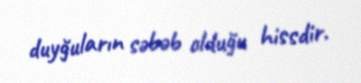
duyğuların səbəb olduğu hissdir.